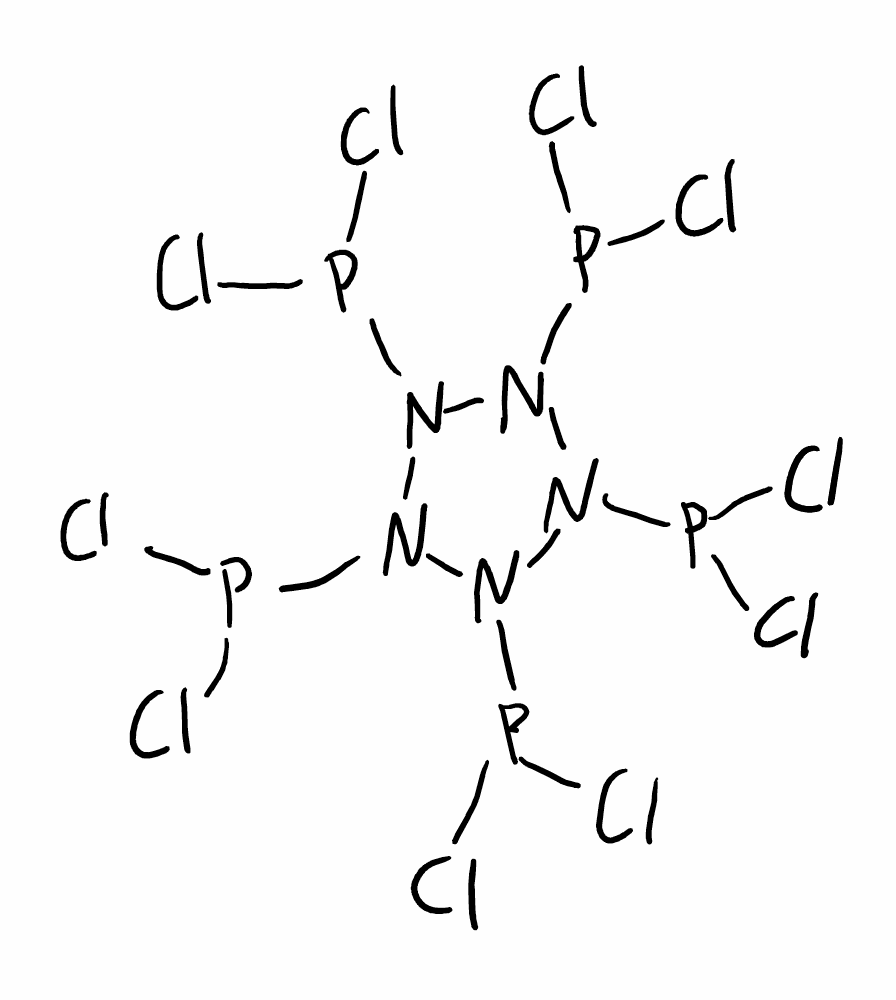
Simplified molecular-input line-entry system (SMILES) notation of the given molecule:
N1(N(N(N(N1P(Cl)Cl)P(Cl)Cl)P(Cl)Cl)P(Cl)Cl)P(Cl)Cl